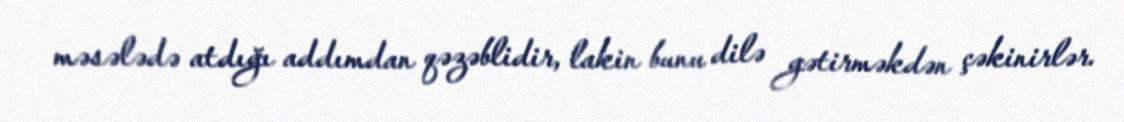
məsələdə atdığı addımdan qəzəblidir, lakin bunu dilə gətirməkdən çəkinirlər.